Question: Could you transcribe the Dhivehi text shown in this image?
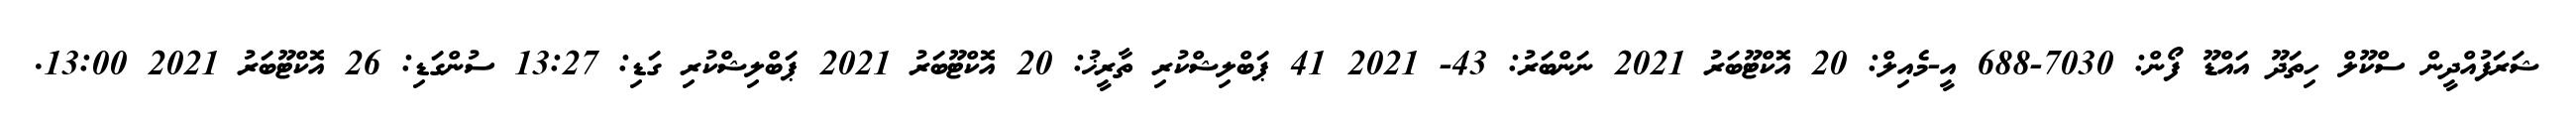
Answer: ޝަރަފުއްދީން ސްކޫލް ހިތަދޫ އައްޑޫ ފޯން: 7030-688 އީ-މެއިލް: 20 އޮކްޓޫބަރު 2021 ނަންބަރު: 43- 2021 41 ޕަބްލިޝްކުރި ތާރީޚު: 20 އޮކްޓޫބަރު 2021 ޕަބްލިޝްކުރި ގަޑި: 13:27 ސުންގަޑި: 26 އޮކްޓޫބަރު 2021 13:00.